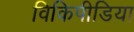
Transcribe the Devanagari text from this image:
विकिपीडिया